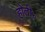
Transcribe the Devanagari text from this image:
होती॰